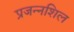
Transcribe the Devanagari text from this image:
प्रजन्नशिल